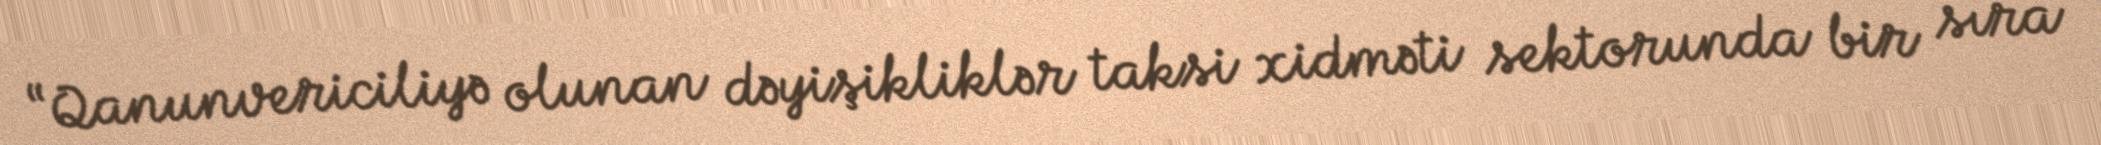
“Qanunvericiliyə olunan dəyişikliklər taksi xidməti sektorunda bir sıra